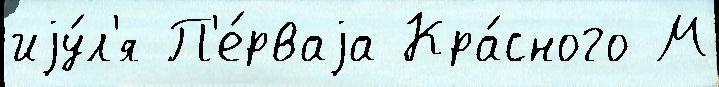
иjу́л'я П'е́рваjа Кра́сного М